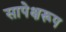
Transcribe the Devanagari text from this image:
सापेक्षरूप